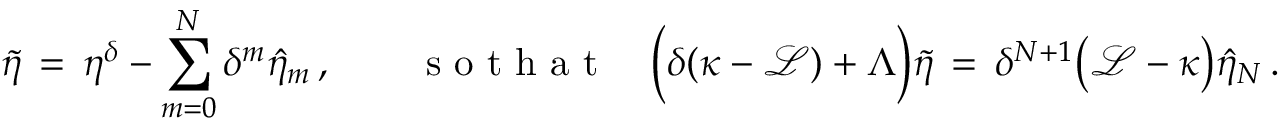
\tilde { \eta } \, = \, \eta ^ { \delta } - \sum _ { m = 0 } ^ { N } \delta ^ { m } \hat { \eta } _ { m } \, , \qquad \mathrm { ~ s ~ o ~ t ~ h ~ a ~ t ~ } \quad \Bigl ( \delta ( \kappa - \mathcal { L } ) + \Lambda \Bigr ) \tilde { \eta } \, = \, \delta ^ { N + 1 } \bigl ( \mathcal { L } - \kappa \bigr ) \hat { \eta } _ { N } \, .